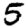
Digit: 5